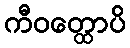
ကီဝတ္ထောပိ